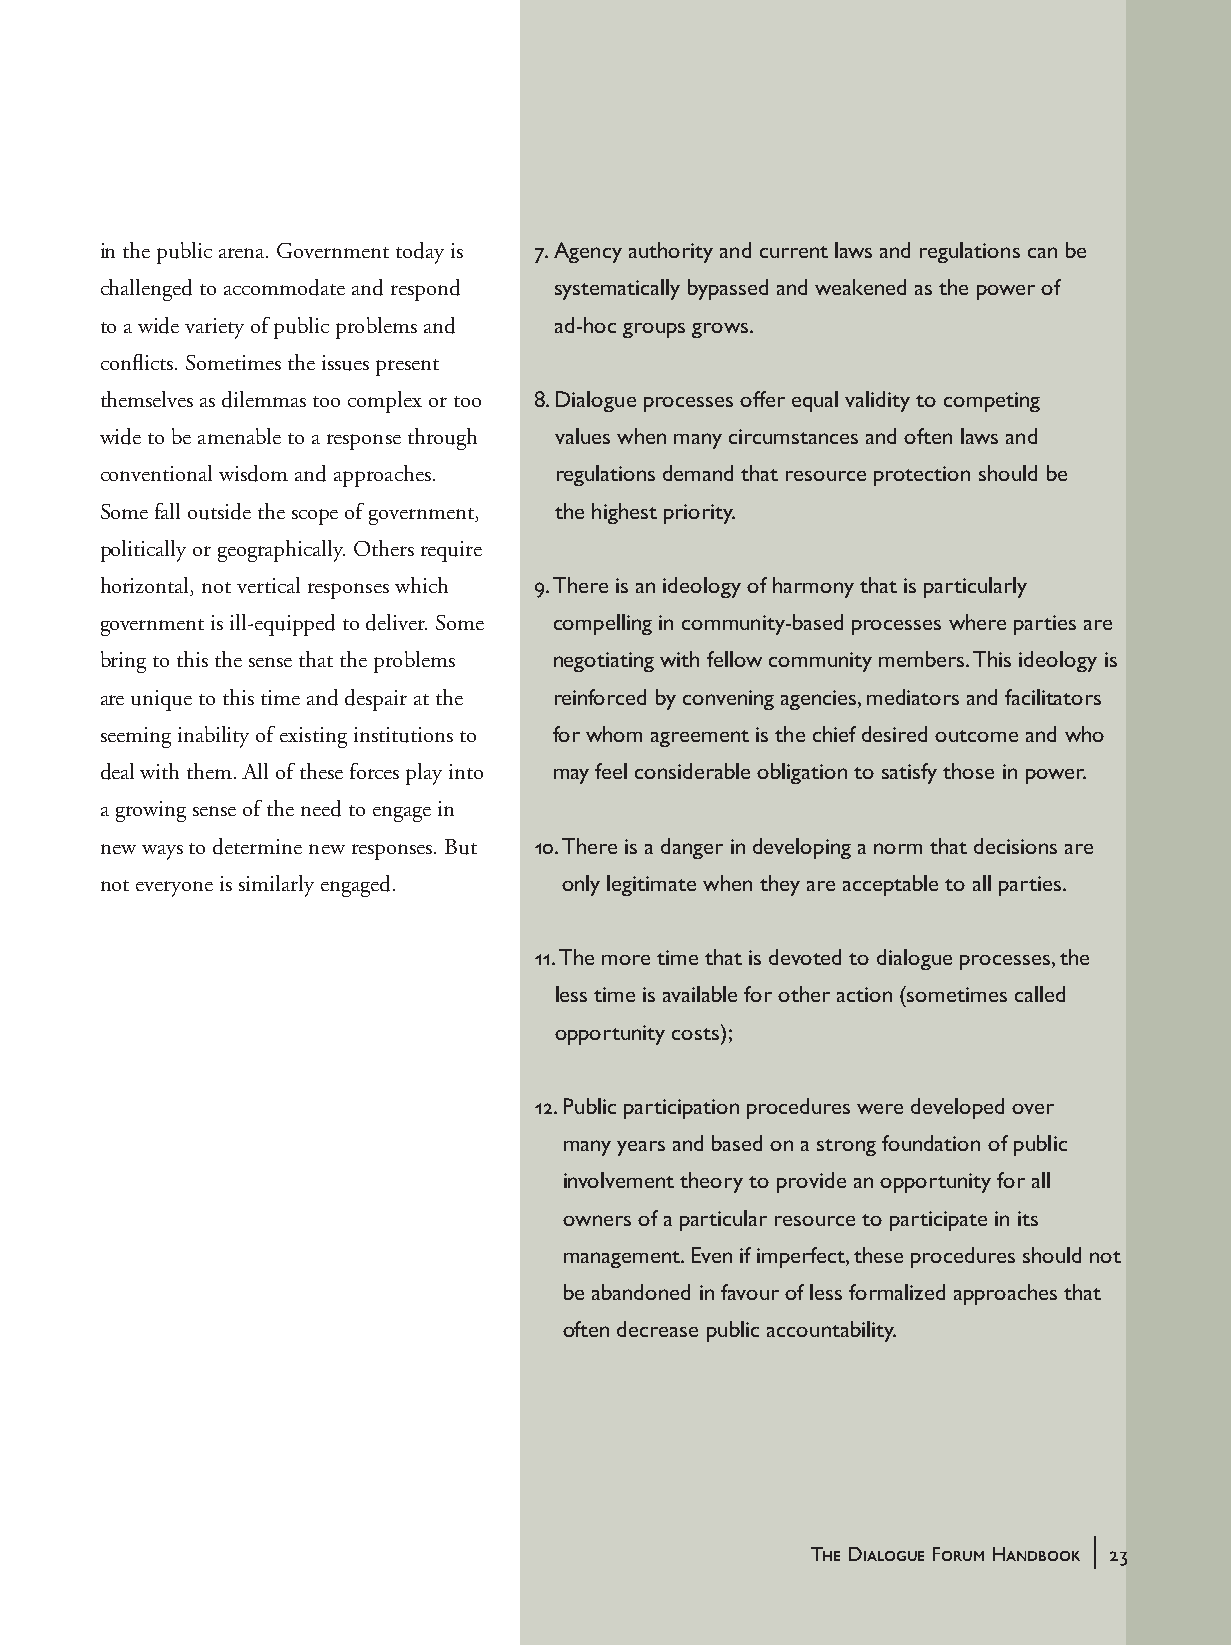
in the public arena. Government today is 7. Agency authority and current laws and regulations can be
 challenged to accommodate and respond systematically bypassed and weakened as the power of
 to a wide variety of public problems and ad-hoc groups grows.
 conflicts. Sometimes the issues present
 themselves as dilemmas too complex or too 8. Dialogue processes offer equal validity to competing
 wide to be amenable to a response through values when many circumstances and often laws and
 conventional wisdom and approaches. regulations demand that resource protection should be
 Some fall outside the scope of government, the highest priority.
 politically or geographically. Others require
 horizontal, not vertical responses which 9. There is an ideology of harmony that is particularly
 government is ill-equipped to deliver. Some compelling in community-based processes where parties are
 bring to this the sense that the problems negotiating with fellow community members. This ideology is
 are unique to this time and despair at the reinforced by convening agencies, mediators and facilitators
 seeming inability of existing institutions to for whom agreement is the chief desired outcome and who
 deal with them. All of these forces play into may feel considerable obligation to satisfy those in power.
 a growing sense of the need to engage in
 new ways to determine new responses. But 10. There is a danger in developing a norm that decisions are
 not everyone is similarly engaged. only legitimate when they are acceptable to all parties.
 11. The more time that is devoted to dialogue processes, the
 less time is available for other action (sometimes called
 opportunity costs);
 12. Public participation procedures were developed over
 many years and based on a strong foundation of public
 involvement theory to provide an opportunity for all
 owners of a particular resource to participate in its
 management. Even if imperfect, these procedures should not
 be abandoned in favour of less formalized approaches that
 often decrease public accountability.
 |
 The Dialogue Forum Handbook 23
 handbook_web         23                             5/30/04, 4:37 PM